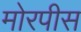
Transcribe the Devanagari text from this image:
मोरपीस